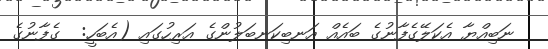
ނަބިއްޔާ އެކަލޭގެފާނުގެ ބައެއް އަނބިކަނބަލުންގެ އަރިހުގައި (އެބަހީ:  ގެފާނުގެ